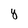
Character: y